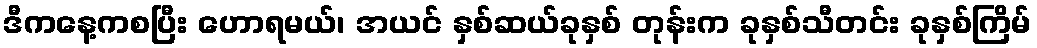
ဒီကနေ့ကစပြီး ဟောရမယ်၊ အယင် နှစ်ဆယ်ခုနှစ် တုန်းက ခုနှစ်သီတင်း ခုနှစ်ကြိမ်